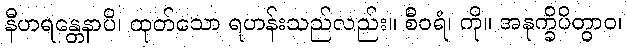
နီဟရန္တေနာပိ၊ ထုတ်သော ရဟန်းသည်လည်း။ စီဝရံ၊ ကို။ အနုက္ခိပိတွာဝ၊